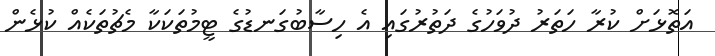
އަތޮޅަށް ކުރާ ހަތަރު ދުވަހުގެ ދަތުރުގައި އެ ހިސާބުގަނޑުގެ ޓީމުތަކަކާ މެޗުތަކެއް ކުޅެން